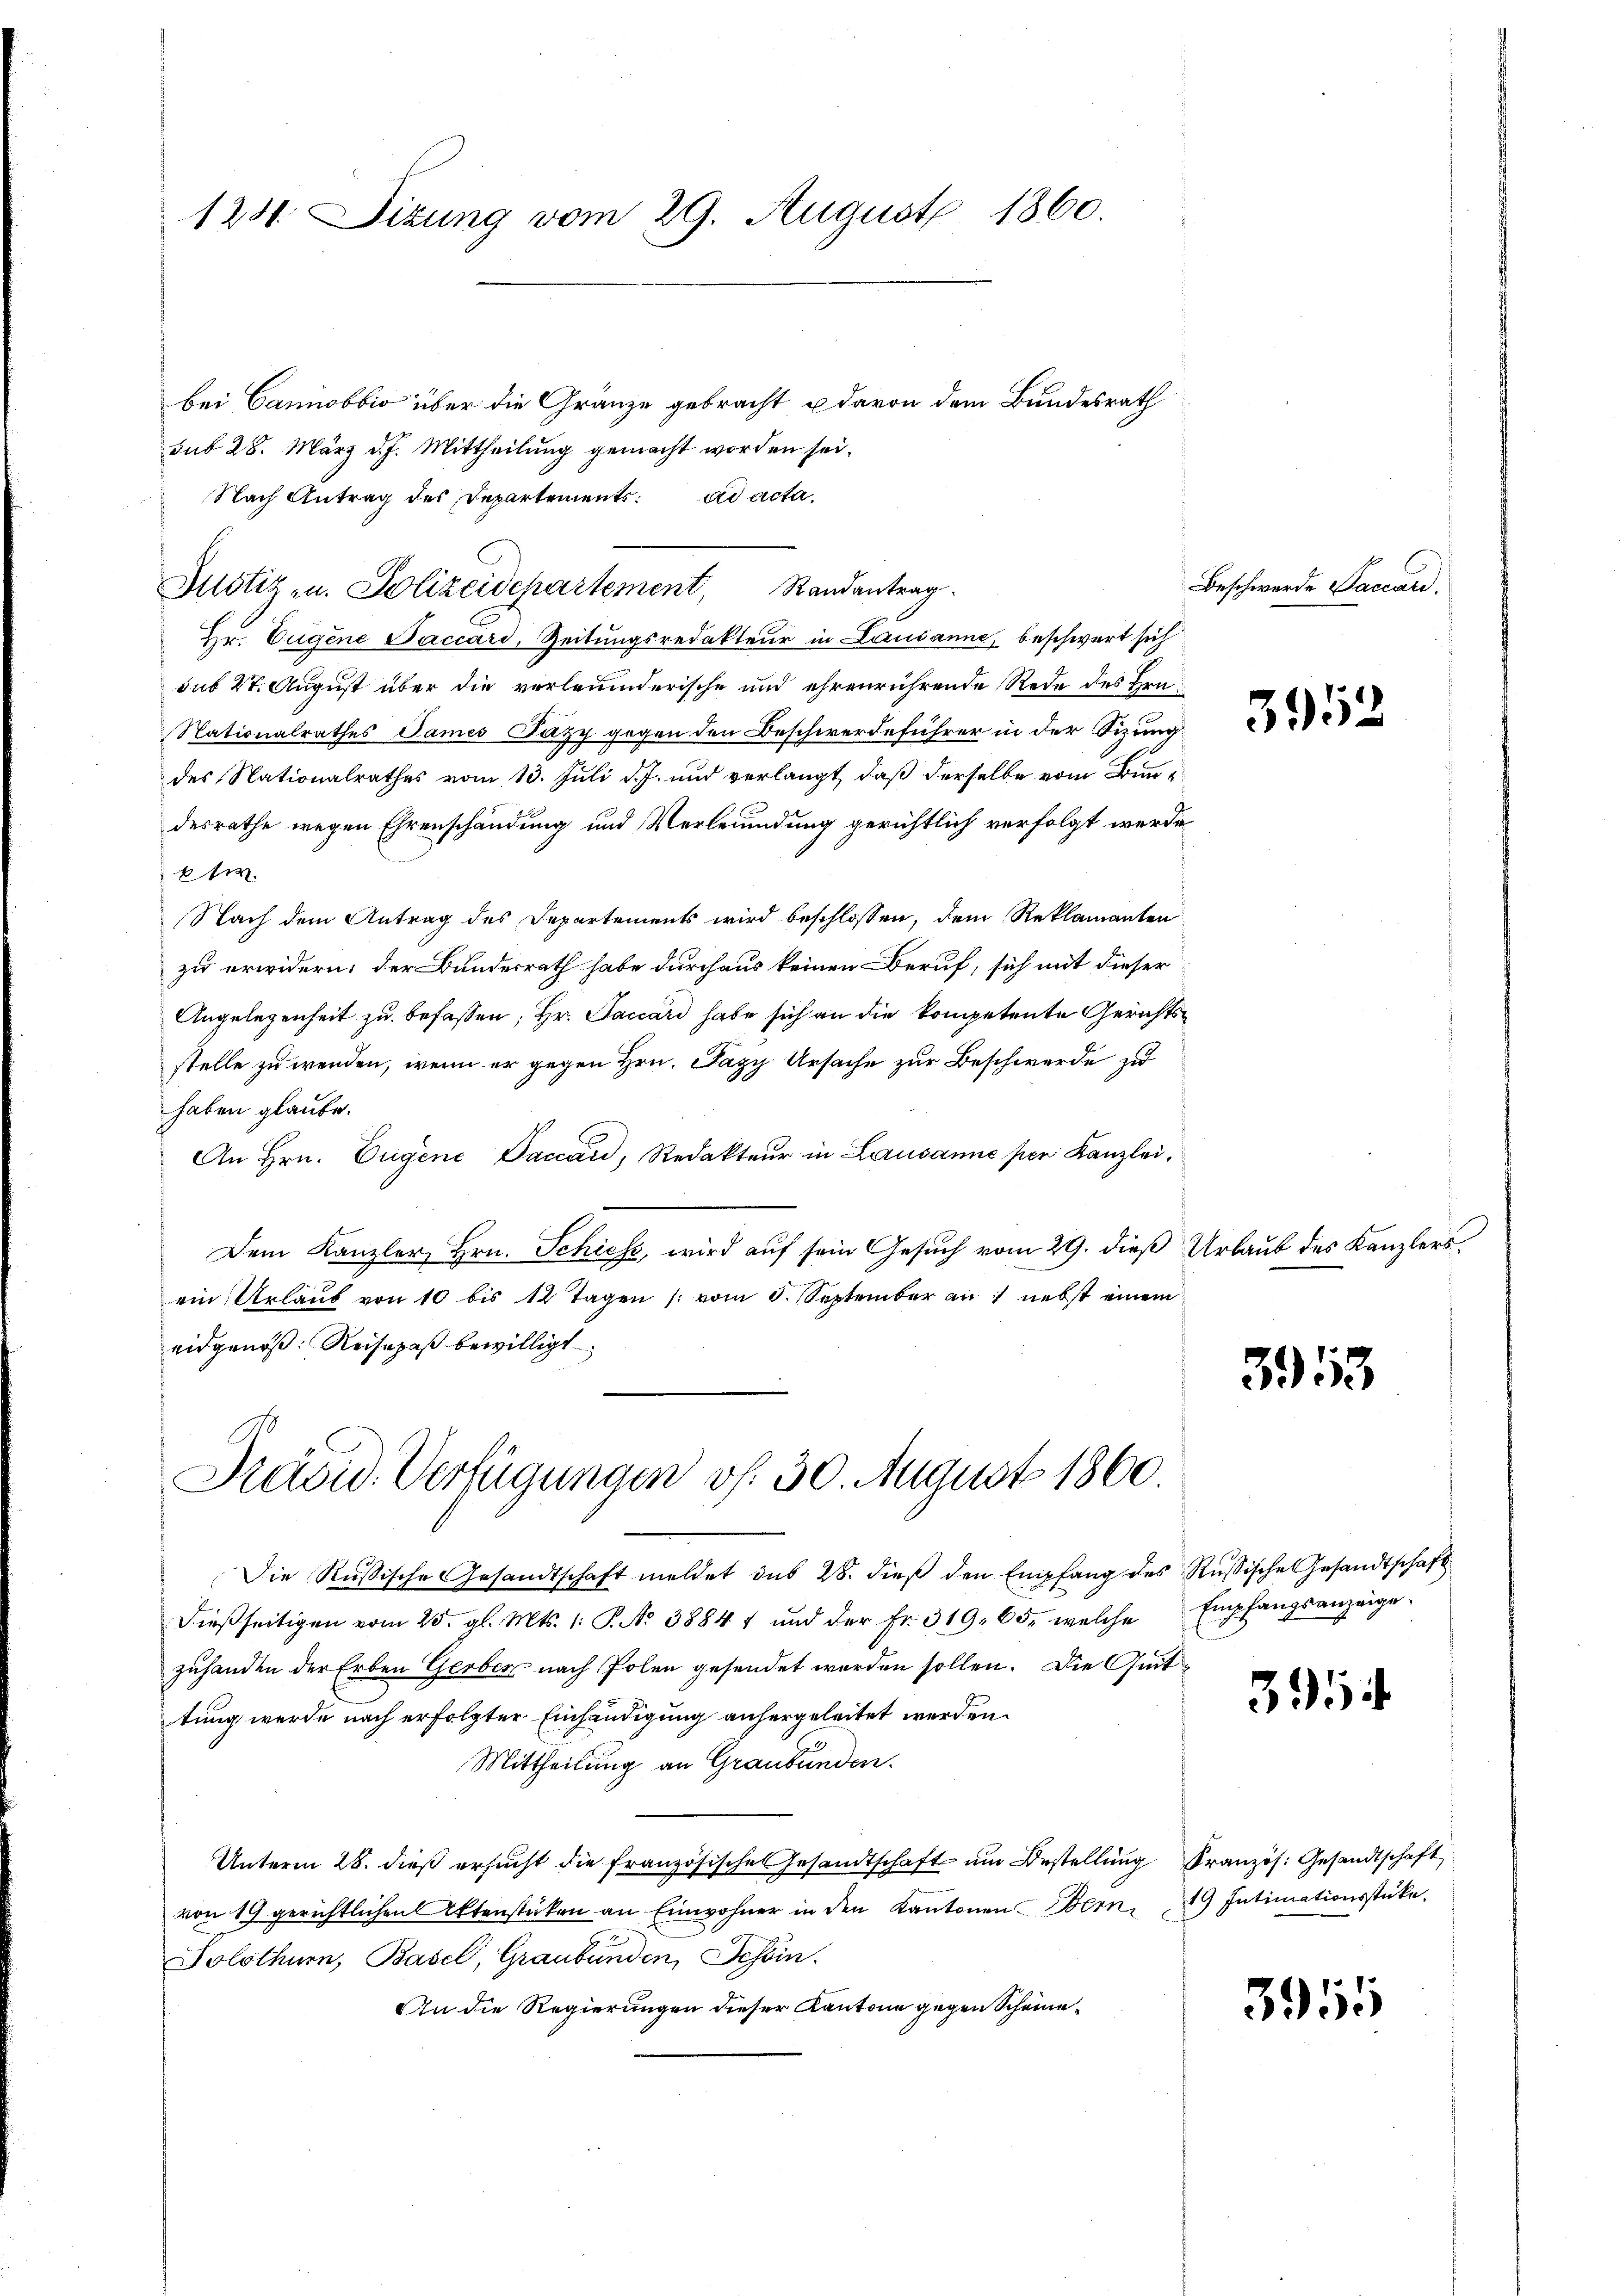
123. Sitzung vom 29. August 1860.

bei Cannobbio über die Gränze gebracht u davon dem Bundesrath
sub 28. März d. J. Mittheilung gemacht worden sei.
Nach Antrag des Departement. ad acta,
Hr. Eugene Saccard, Zeitungsredakteur in Lausanne, beschwert sich
sub 27. August über die verleumderische und ehrenrührende Rede des Hrn.
Nationalrathes James Pazy gegen den Beschwerdeführer in der Sizung
des Nationalrathes vom 13. Juli d. J. und verlangt, daß derselbe vom Bundesrathe wegen Ehrenschändung und Verleumdung gerichtlich verfolgt werde
E sie
Nach dem Antrag des Departements wird beschlossen, dem Reklamanten
zu erwidern; der Bundesrath habe durchaus keinen Beruf, sich mit dieser
Angelegenheit zu befassen; Hr. Faccari habe sich an die kompetente Gerichts
stelle zu wenden, wenn er gegen Hrn. Pazy Ursache zur Beschwerde zu
haben glaube.
An Hrn. Eugene Daccard, Redakteur in Lausanne per Kanzlei,
Dem Kanzler Hrn. Schiess, wird auf sein Gesuch vom 29. dieß Urlaub des Kanzlers.
ein Urlaub von 10 bis 12 Tagen (vom 5. September an 1 nebst einem
eidgenöß: Reisepaß bewilligt

Justiz- u. Polizeidepartement, Randantrag

Präsid. Verfügungen vf. 30. August 1860

Die Russische Gesandtschaft meldet das 28. dieβ den Empfang des Russische Gesandtschaft
dießseitigen vom 25. gl. Mts. 1. P. No 38847 und der Fr. 319. 65, welche
zuhanden der Erben Gerber nach Polen gesendet worden sollen. Die Quittung werde nach erfolgter Einhändigung anhergeleitet werden.
Mittheilung an Graubünden.
Unterm 28. dieß ersŭcht die französische Gesandtschaft ŭm Bestellung Französ. Gesandtschaft
von 19 gerichtlichen Aktenstüken an Einwohner in den Kantonen Bern,
Solothurn, Basel, Graubünden, Schein.
An die Regierungen dieser Kantone gegen Scheine¬

Beschwerde Saccard.

3952

3953

Empfangsanzeige.

391

19 Intimationsstücke.

3955